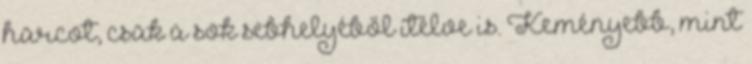
harcot, csak a sok sebhelyéből ítélve is. Keményebb, mint